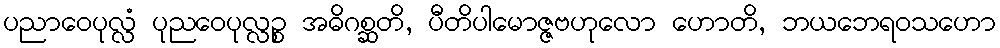
ပညာဝေပုလ္လံ ပုညဝေပုလ္လဉ္စ အဓိဂစ္ဆတိ, ပီတိပါမောဇ္ဇဗဟုလော ဟောတိ, ဘယဘေရဝသဟော